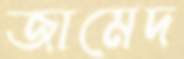
জামেদ